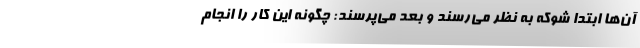
آن‌ها ابتدا شوکه به نظر می‌رسند و بعد می‌پرسند: چگونه این کار را انجام